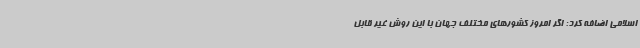
اسلامی اضافه کرد: اگر امروز کشورهای مختلف جهان با این روش غیر قابل